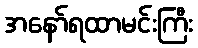
အနော်ရထာမင်းကြီး